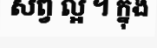
សព្វ ល្អ ។ ក្នុង